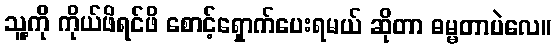
သူ့ကို ကိုယ်ဖိရင်ဖိ စောင့်ရှောက်ပေးရမယ် ဆိုတာ ဓမ္မတာပဲလေ။